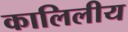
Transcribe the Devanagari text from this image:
कालिलीय